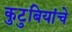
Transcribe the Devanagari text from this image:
कुटुबियांचे